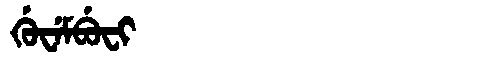
Manchu: ᡤᡠᠸᡝᠮᠪᡠᠸᡳ
Romanization: GUWEMBUFI